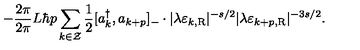
- \frac { 2 \pi } { 2 \pi } { L } \hbar p \sum _ { k \in \cal Z } \frac { 1 } { 2 } [ a _ { k } ^ { \dagger } , a _ { k + p } ] _ { - } \cdot | \lambda \varepsilon _ { k , \mathrm { R } } | ^ { - s / 2 } | \lambda \varepsilon _ { k + p , \mathrm { R } } | ^ { - { 3 s } / 2 } .